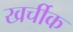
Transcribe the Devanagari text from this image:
खर्चीक